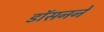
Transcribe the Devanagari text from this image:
डॉसनने